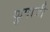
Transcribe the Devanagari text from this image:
कुपात्री